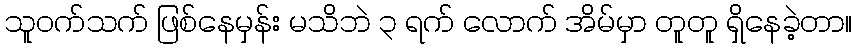
သူဝက်သက် ဖြစ်နေမှန်း မသိဘဲ ၃ ရက် လောက် အိမ်မှာ တူတူ ရှိနေခဲ့တာ။